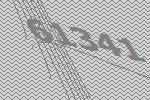
61341